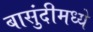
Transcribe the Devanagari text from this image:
बासुंदीमध्ये